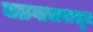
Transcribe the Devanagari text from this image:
जळगावापासून